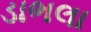
ડાભલા